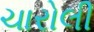
ચારોલી